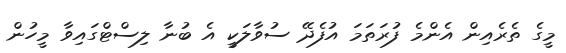
މީގެ ތެރެއިން އެންމެ ފުރަތަމަ އުފެދޭ ސުވާލަކީ އެ ބުނާ ލިސްޓްގައިވާ މީހުން